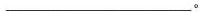
___